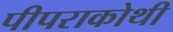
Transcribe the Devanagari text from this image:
पीपराकोथी